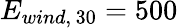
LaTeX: E_{wind,\, 30}=500